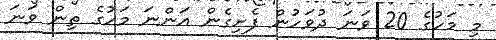
މި މަހުގެ 20 ވަނަ ދުވަހުން ފެށިގެން އަންނަ މަހުގެ ތިން ވަނަ